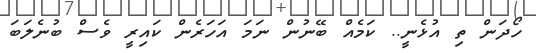
ހޯދަން ތި އުޅެނީ.. ކަމެއް ބޭނުން ނަމަ އަހަރެން ކައިރީ ވެސް ބުނެލަބަ